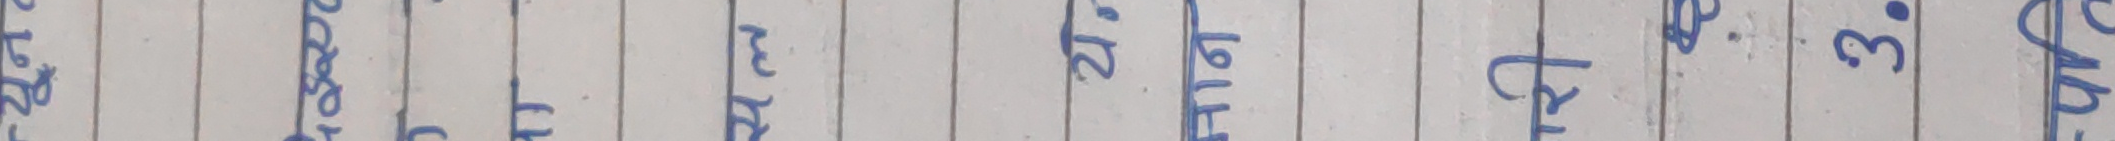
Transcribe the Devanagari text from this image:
त्यस्तै ३०°